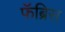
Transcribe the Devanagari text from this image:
फॅब्रिस